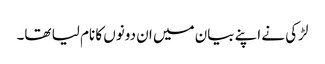
لڑکی نے اپنے بیان میں ان دونوں کا نام لیا تھا۔